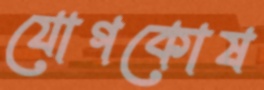
যোগকোষ